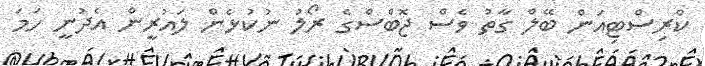
ކްރިސްޓިއަން ބޭލް ގާތު ވެސް ޖޮބްސްގެ ރޯލު ނުކުޅެން ލައުރީން އެދުނީ ހަމަ